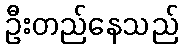
ဦးတည်နေသည်